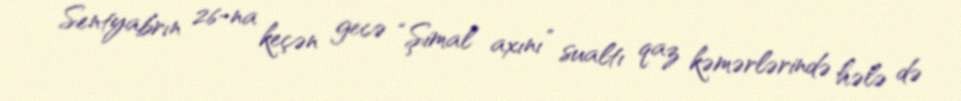
Sentyabrın 26-na keçən gecə “Şimal axını” sualtı qaz kəmərlərində hələ də